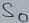
Text: S0